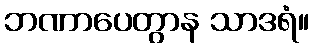
ဘဏာပေတွာန သာဒရံ။